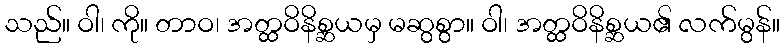
သည်။ ဝါ၊ ကို။ တာဝ၊ အတ္ထဝိနိစ္ဆယမှ မဆွစွာ။ ဝါ၊ အတ္ထဝိနိစ္ဆယ၏ လက်မွန်။